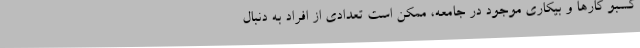
کسبو کارها و بیکاری موجود در جامعه، ممکن است تعدادی از افراد به دنبال